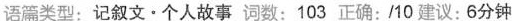
语篇类型:记叙文·个人故事 词数:103 正确:10 建议:6分钟